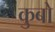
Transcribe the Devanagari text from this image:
कुबो